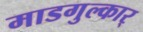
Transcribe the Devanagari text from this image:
माडगुल्कार्